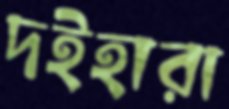
দইহারা